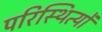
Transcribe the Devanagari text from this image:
परिस्थित्यों